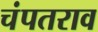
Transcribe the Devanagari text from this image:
चंपतराव